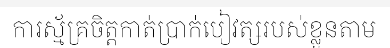
ការស្ម័គ្រចិត្តកាត់ប្រាក់បៀវត្សរបស់ខ្លួនតាម